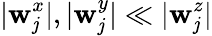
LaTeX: |\mathbf{w}_{\mathit{j}}^{x}|,|\mathbf{w}_{\mathit{j}}^{y}|\ll|\mathbf{w}_{\mathit{j}}^{z}|